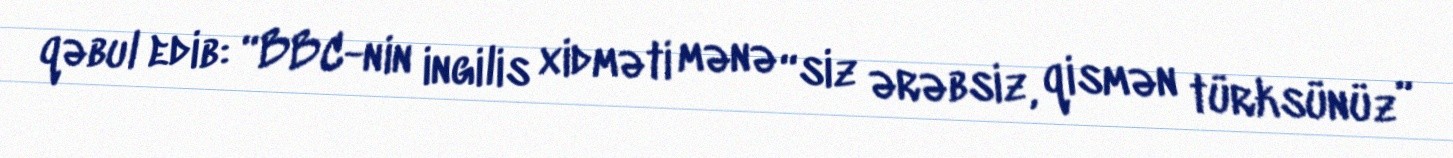
qəbul edib: “BBC-nin ingilis xidməti mənə “siz ərəbsiz, qismən türksünüz”